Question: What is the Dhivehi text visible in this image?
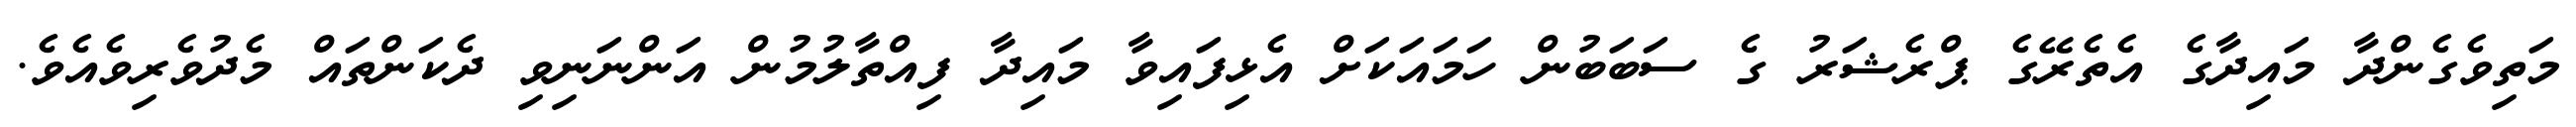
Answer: މަތިވެގެންދާ މައިދާގެ އެތެރޭގެ ޕްރެޝަރު ގެ ސަބަބުން ހަމައަކަށް އެޅިފައިވާ މައިދާ ފިއްތާލުމުން އަންނަނިވި ދެކަންތައް މެދުވެރިވެއެވެ.